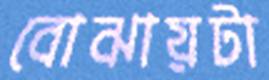
বোঝায়টা